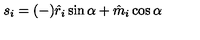
s _ { i } = ( - ) \hat { r } _ { i } \sin \alpha + \hat { m } _ { i } \cos \alpha